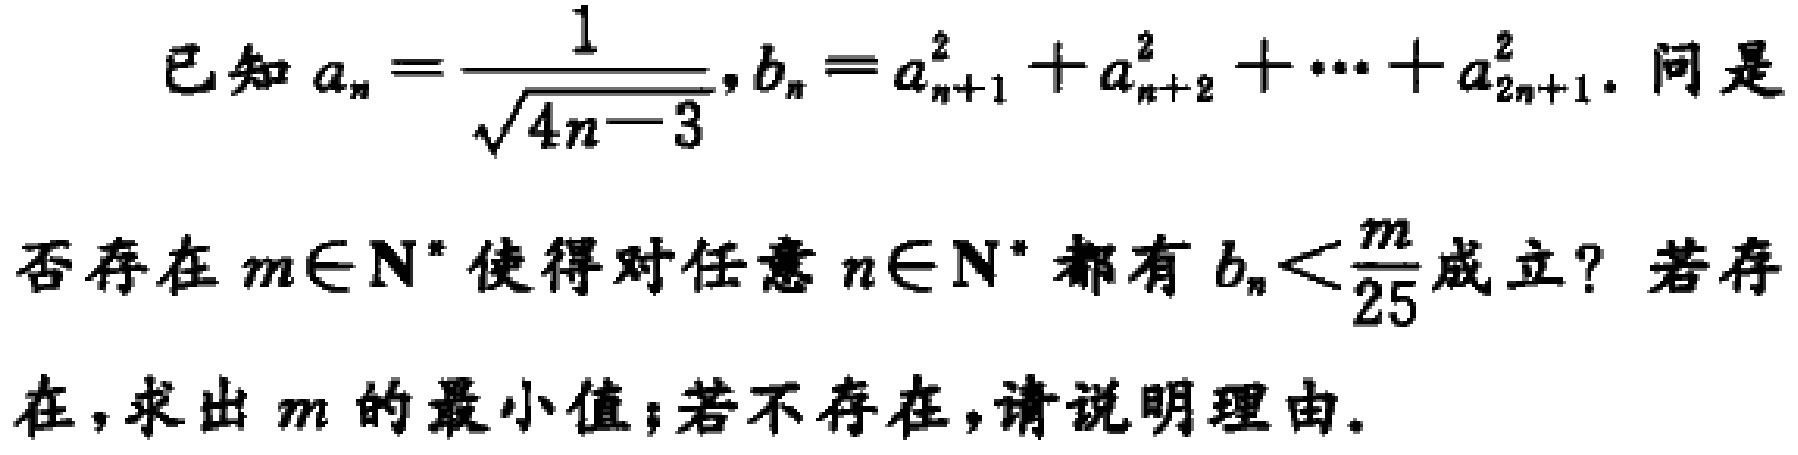
已知\(a_{n}=\frac{1}{\sqrt{4n - 3}},b_{n}=a_{n + 1}^{2}+a_{n + 2}^{2}+\cdots +a_{2n + 1}^{2}\). 问是否存在\(m\in\mathbf{N}^{*}\)使得对任意\(n\in\mathbf{N}^{*}\)都有\(b_{n}<\frac{m}{25}\)成立？若存在，求出\(m\)的最小值；若不存在，请说明理由.